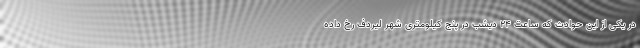
در یکی از این حوادث که ساعت ۲۴ دیشب در پنج کیلومتری شهر لیردف رخ داده